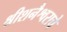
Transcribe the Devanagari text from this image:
श्रीशनैश्वराचे